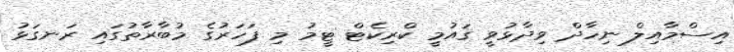
އިސްމާއިލް ނިހާދް ވިދާޅުވީ ޤައުމީ ކްރިކެޓް ޓީމު މި ފަހަރުގެ މުބާރާތުގައި ރަނގަޅު